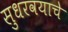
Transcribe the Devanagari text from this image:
सुधरवयाचे